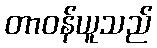
တာဝန်ယူသည်